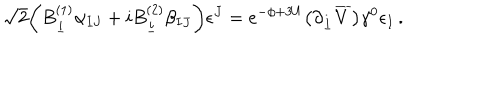
\sqrt 2 \biggl ( B _ { \underline { { i } } } ^ { ( 1 ) } \alpha _ { I J } + i B _ { \underline { { i } } } ^ { ( 2 ) } \beta _ { I J } \biggr ) \epsilon ^ { J } = e ^ { - \phi + 3 U } \bigl ( \partial _ { \underline { { i } } } \overline { { V } } \bigr ) \gamma ^ { 0 } \epsilon _ { I } \, .